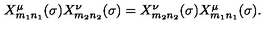
\begin{array} { l c r } { X _ { m _ { 1 } n _ { 1 } } ^ { \mu } ( \sigma ) X _ { m _ { 2 } n _ { 2 } } ^ { \nu } ( \sigma ) = X _ { m _ { 2 } n _ { 2 } } ^ { \nu } ( \sigma ) X _ { m _ { 1 } n _ { 1 } } ^ { \mu } ( \sigma ) . } \\ \end{array}